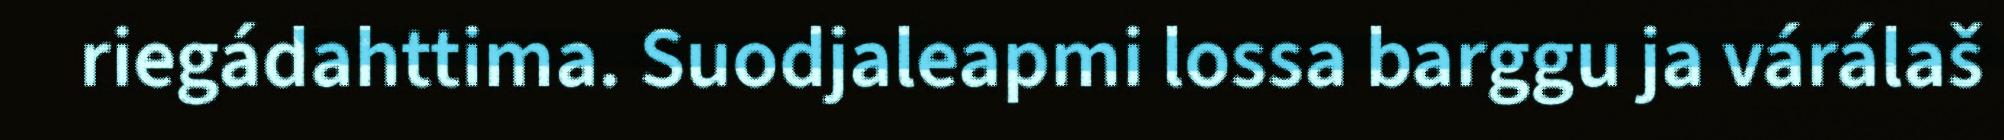
riegádahttima. Suodjaleapmi lossa barggu ja várálaš